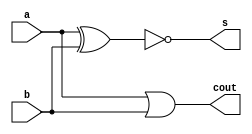
// Copyright {2011} {Jucemar Monteiro - jucemar.monteiro@gmail.com}
//
// Licensed under the Apache License, Version 2.0 (the "License");
// you may not use this file except in compliance with the License.
// You may obtain a copy of the License at

// http://www.apache.org/licenses/LICENSE-2.0

// Unless required by applicable law or agreed to in writing, software
// distributed under the License is distributed on an "AS IS" BASIS,
// WITHOUT WARRANTIES OR CONDITIONS OF ANY KIND, either express or implied.
// See the License for the specific language governing permissions and
// limitations under the License.
//
//-----------------------------------------------------
// Design Name : half_addercin1
// Function    : Half Adder With CIN 1
// Coder       : Jucemar Monteiro
//-----------------------------------------------------

module half_addercin1 (a,b,s,cout);
	input  a,b;
	output  s,cout;
	assign s = ~(a ^ b);
	assign cout = a | b ;
endmodule